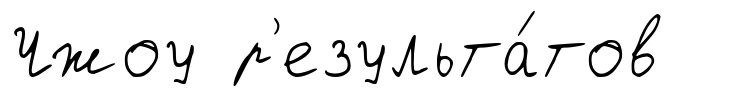
Чжоу р'езульта́тов